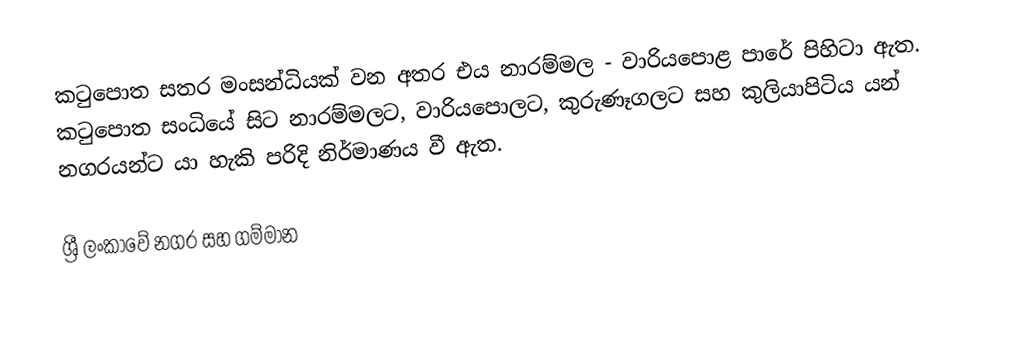
කටුපොත සතර මංසන්ධියක් වන අතර එය නාරම්මල - වාරියපොළ පාරේ පිහිටා ඇත. කටුපොත සංධියේ සිට නාරම්මලට, වාරියපොලට, කුරුණෑගලට සහ කුලියාපිටිය යන් නගරයන්ට යා හැකි පරිදි නිර්මාණය වී ඇත.

ශ්‍රී ලංකාවේ නගර සහ ගම්මාන